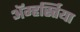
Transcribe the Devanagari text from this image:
ॲम्हर्स्तिया